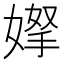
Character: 𭒌